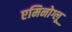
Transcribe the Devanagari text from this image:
एमिनोग्लू